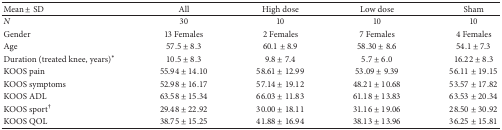
<table><thead><tr><td><b>Mean ± SD</b></td><td><b>All</b></td><td><b>High dose</b></td><td><b>Low dose</b></td><td><b>Sham</b></td></tr></thead><tbody><tr><td><i>N </i></td><td>30</td><td>10</td><td>10</td><td>10</td></tr><tr><td>Gender</td><td>13 Females</td><td>2 Females</td><td>7 Females</td><td>4 Females</td></tr><tr><td>Age</td><td>57.5 ± 8.3</td><td>60.1 ± 8.9</td><td>58.30 ± 8.6</td><td>54.1 ± 7.3</td></tr><tr><td>Duration (treated knee, years)*</td><td>10.5 ± 8.3</td><td>9.8 ± 7.4</td><td>5.7 ± 6.0</td><td>16.22 ± 8.3</td></tr><tr><td>KOOS pain</td><td>55.94 ± 14.10</td><td>58.61 ± 12.99</td><td>53.09 ± 9.39</td><td>56.11 ± 19.15</td></tr><tr><td>KOOS symptoms </td><td>52.98 ± 16.17</td><td>57.14 ± 19.12</td><td>48.21 ± 10.68</td><td>53.57 ± 17.82</td></tr><tr><td>KOOS ADL</td><td>63.58 ± 15.34</td><td>66.03 ± 11.83</td><td>61.18 ± 13.83</td><td>63.53 ± 20.34</td></tr><tr><td>KOOS sport<sup>†</sup></td><td>29.48 ± 22.92</td><td>30.00 ± 18.11</td><td>31.16 ± 19.06</td><td>28.50 ± 30.92</td></tr><tr><td>KOOS QOL</td><td>38.75 ± 15.25</td><td>41.88 ± 16.94</td><td>38.13 ± 13.96</td><td>36.25 ± 15.81</td></tr></tbody></table>